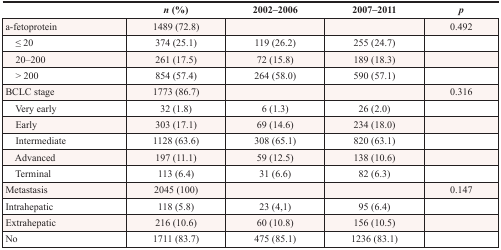
<table><thead><tr><td></td><td><b><i>n</i> (%)</b></td><td><b>2002–2006</b></td><td><b>2007–2011</b></td><td><b><i>p</i></b></td></tr></thead><tbody><tr><td>a-fetoprotein</td><td>1489 (72.8)</td><td></td><td></td><td>0.492</td></tr><tr><td> ≤ 20</td><td>374 (25.1)</td><td>119 (26.2)</td><td>255 (24.7)</td><td></td></tr><tr><td> 20–200</td><td>261 (17.5)</td><td>72 (15.8)</td><td>189 (18.3)</td><td></td></tr><tr><td> &gt;200</td><td>854 (57.4)</td><td>264 (58.0)</td><td>590 (57.1)</td><td></td></tr><tr><td>BCLC stage</td><td>1773 (86.7)</td><td></td><td></td><td>0.316</td></tr><tr><td> Very early</td><td>32 (1.8)</td><td>6 (1.3)</td><td>26 (2.0)</td><td></td></tr><tr><td> Early</td><td>303 (17.1)</td><td>69 (14.6)</td><td>234 (18.0)</td><td></td></tr><tr><td> Intermediate</td><td>1128 (63.6)</td><td>308 (65.1)</td><td>820 (63.1)</td><td></td></tr><tr><td> Advanced</td><td>197 (11.1)</td><td>59 (12.5)</td><td>138 (10.6)</td><td></td></tr><tr><td> Terminal</td><td>113 (6.4)</td><td>31 (6.6)</td><td>82 (6.3)</td><td></td></tr><tr><td>Metastasis</td><td>2045 (100)</td><td></td><td></td><td>0.147</td></tr><tr><td>Intrahepatic</td><td>118 (5.8)</td><td>23 (4,1)</td><td>95 (6.4)</td><td></td></tr><tr><td>Extrahepatic</td><td>216 (10.6)</td><td>60 (10.8)</td><td>156 (10.5)</td><td></td></tr><tr><td>No</td><td>1711 (83.7)</td><td>475 (85.1)</td><td>1236 (83.1)</td><td></td></tr></tbody></table>